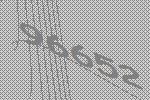
96652